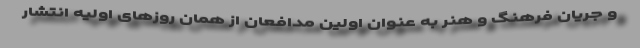
و جریان فرهنگ و هنر به عنوان اولین مدافعان از همان روزهای اولیه انتشار